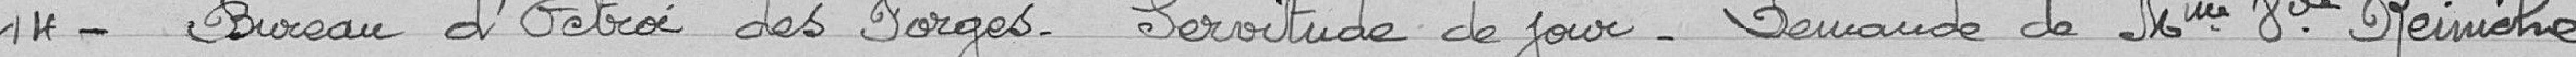
14- Bureau d'octroi des Forges - servitude de jour - demande de madame veuve Reiniche